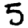
Digit: 5